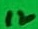
Text: 12